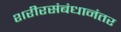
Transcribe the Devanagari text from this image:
शरीरसंबंधानंतर